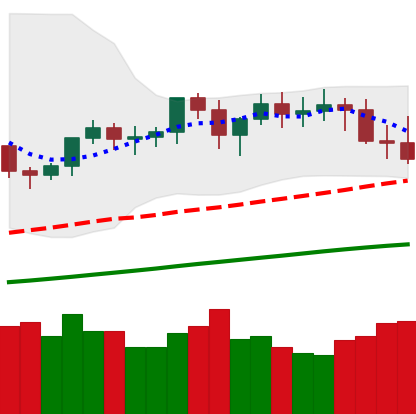
Ticker: XMR-USD
Chart end date: 2021-03-24
Forward return: 10.911%
Label: up_7plus